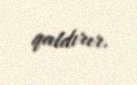
qaldırır.